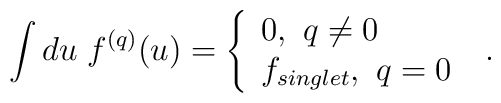
\int du\; f^{(q)}(u) =  \left\{ \begin{array}{ll}0,  \ q \neq 0 \\ f_{singlet} ,  \ q= 0 \end{array} \right.\ .